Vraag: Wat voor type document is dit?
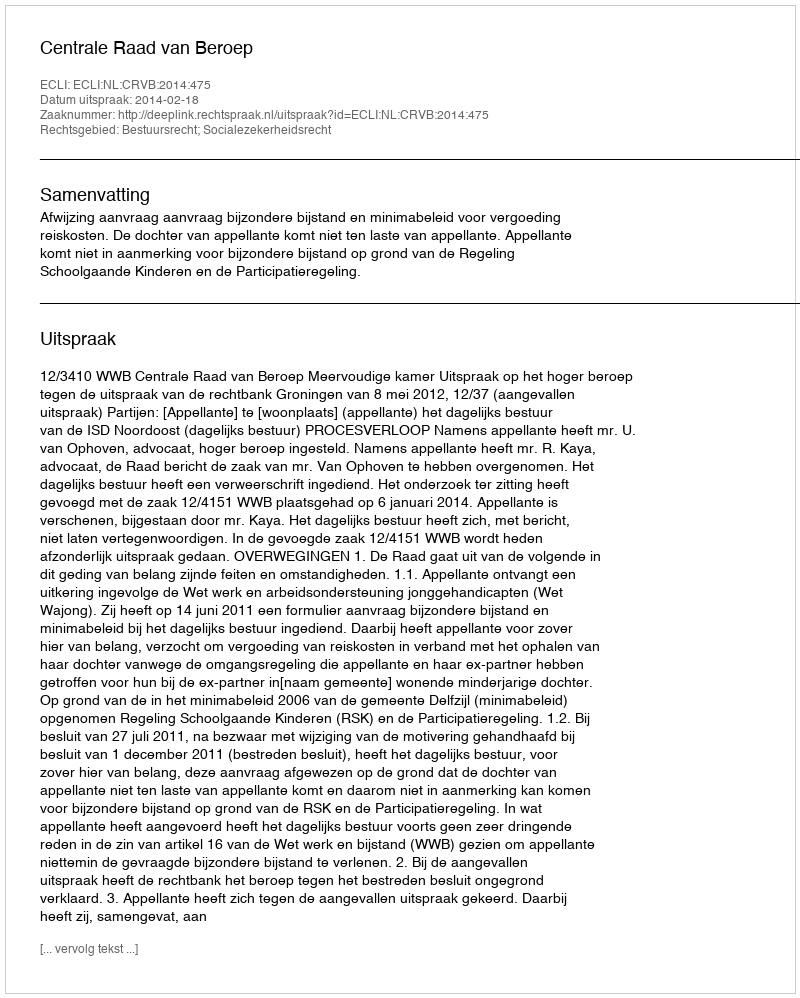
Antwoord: Uitspraak